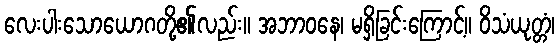
လေးပါးသောယောဂတို့၏လည်း။ အဘာဝနေ၊ မရှိခြင်းကြောင့်။ ဝိသံယုတ္တံ၊